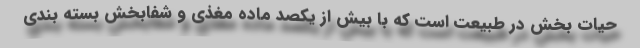
حیات بخش در طبیعت است که با بیش از یکصد ماده مغذی و شفابخش بسته بندی